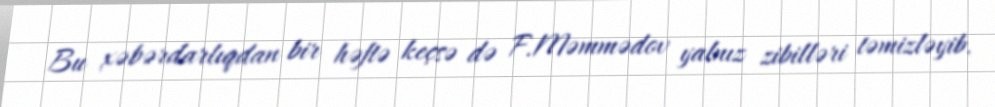
Bu xəbərdarlıqdan bir həftə keçsə də F.Məmmədov yalnız zibilləri təmizləyib.